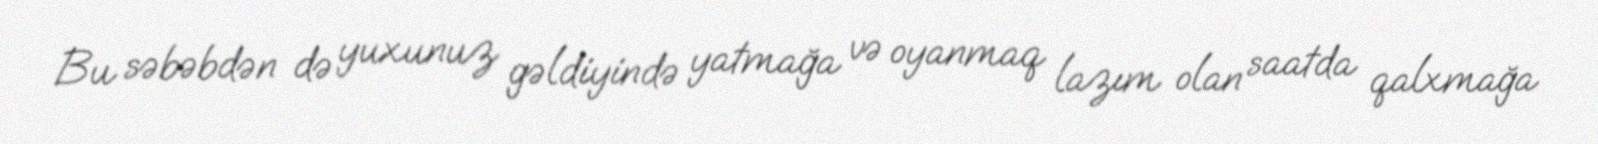
Bu səbəbdən də yuxunuz gəldiyində yatmağa və oyanmaq lazım olan saatda qalxmağa